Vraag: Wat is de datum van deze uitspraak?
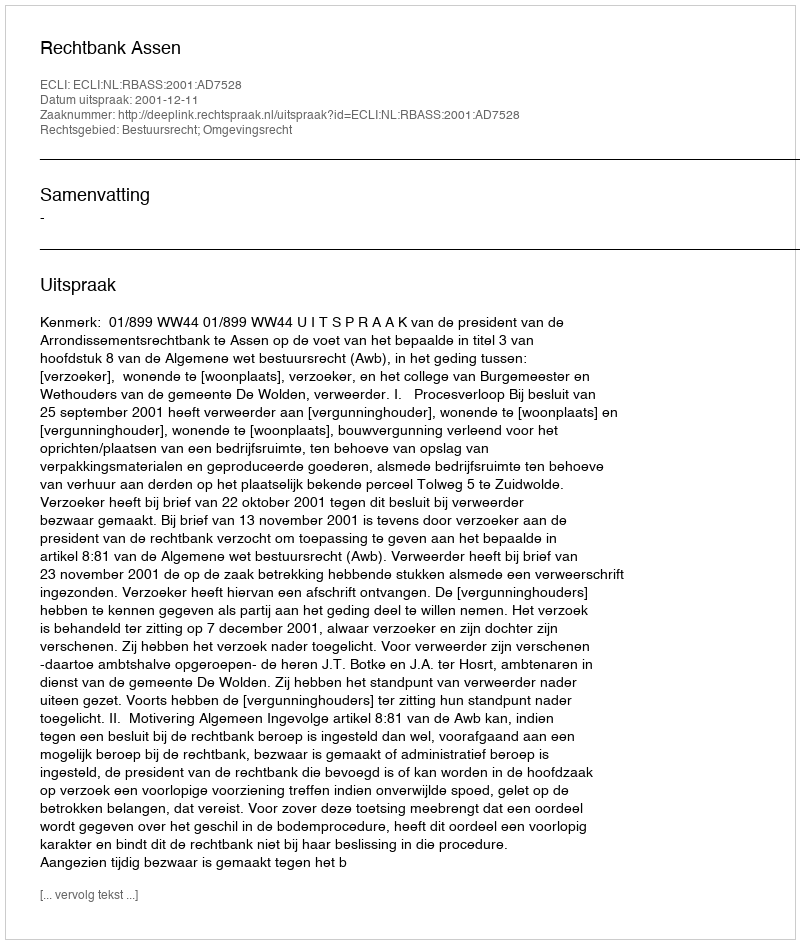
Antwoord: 2001-12-11